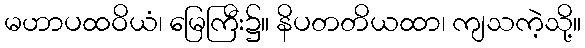
မဟာပထဝိယံ၊ မြေကြီး၌။ နိပတတိယထာ၊ ကျသကဲ့သို့။